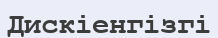
Дискіенгізгі